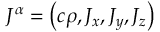
J ^ { \alpha } = \left( c \rho , J _ { x } , J _ { y } , J _ { z } \right)